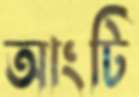
আংটি